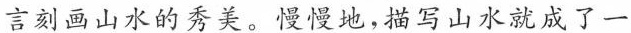
言刻画山水的秀美。慢慢地，描写山水就成了一